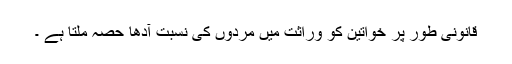
قانونی طور پر خواتین کو وراثت میں مردوں کی نسبت آدھا حصہ ملتا ہے ۔